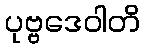
ပုဗ္ဗဒေဝါတိ